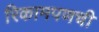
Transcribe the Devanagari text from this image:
रिकामपणची